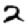
Digit: 2